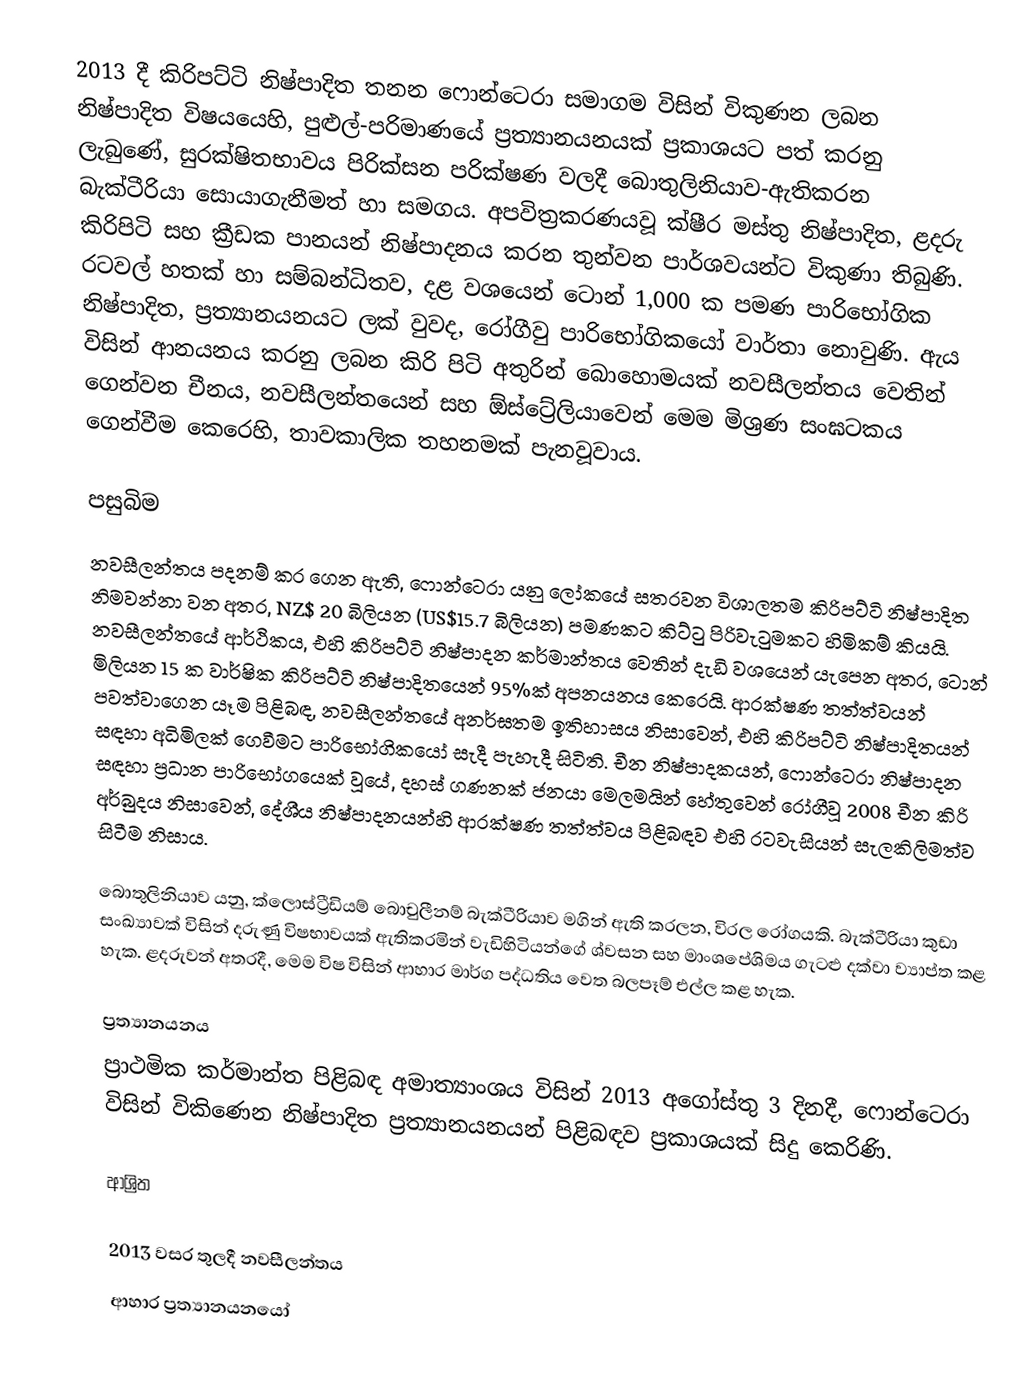
2013 දී කිරිපට්ටි නිෂ්පාදිත තනන ෆොන්ටෙරා සමාගම විසින් විකුණන ලබන නිෂ්පාදිත විෂයයෙහි, පුළුල්-පරිමාණයේ ප්‍රත්‍යානයනයක් ප්‍රකාශයට පත් කරනු ලැබුණේ, සුරක්ෂිතභාවය පිරික්සන පරික්ෂණ වලදී  බොතුලිනියාව-ඇතිකරන බැක්ටීරියා  සොයාගැනීමත් හා සමගය. අපවිත්‍රකරණයවූ  ක්ෂීර මස්තු නිෂ්පාදිත, ළදරු කිරිපිටි සහ ක්‍රීඩක පානයන් නිෂ්පාදනය කරන තුන්වන පාර්ශවයන්ට විකුණා තිබුණි. රටවල් හතක් හා සම්බන්ධිතව,  දළ වශයෙන්  ටොන් 1,000 ක පමණ පාරිභෝගික නිෂ්පාදිත,   ප්‍රත්‍යානයනයට ලක් වුවද, රෝගීවු පාරිභෝගිකයෝ වාර්තා නොවුණි. ඇය විසින් ආනයනය කරනු ලබන කිරි පිටි අතුරින් බොහොමයක් නවසීලන්තය වෙතින් ගෙන්වන චීනය, නවසීලන්තයෙන් සහ  ඕස්ට්‍රේලියාවෙන් මෙම මිශ්‍රණ සංඝටකය ගෙන්වීම කෙරෙහි, තාවකාලික තහනමක් පැනවූවාය.

පසුබිම
නවසීලන්තය පදනම් කර ගෙන ඇති, ෆොන්ටෙරා යනු ලෝකයේ සතරවන විශාලතම කිරිපට්ටි නිෂ්පාදිත නිමවන්නා  වන අතර, NZ$ 20 බිලියන (US$15.7 බිලියන) පමණකට කිට්ටු පිරිවැටුමකට හිමිකම් කියයි. නවසීලන්තයේ ආර්ථිකය, එහි කිරිපට්ටි නිෂ්පාදන කර්මාන්තය වෙතින් දැඩි වශයෙන් යැපෙන අතර, ටොන් මිලියන 15 ක වාර්ෂික කිරිපට්ටි නිෂ්පාදිතයෙන් 95%ක්  අපනයනය කෙරෙයි. ආරක්ෂණ තත්ත්වයන් පවත්වාගෙන යෑම පිළිබඳ,  නවසීලන්තයේ අනර්ඝතම ඉතිහාසය නිසාවෙන්, එහි කිරිපට්ටි නිෂ්පාදිතයන් සඳහා අධිමිලක් ගෙවීමට පාරිභෝගිකයෝ සැදී පැහැදී සිටිති.  චීන නිෂ්පාදකයන්, ෆොන්ටෙරා නිෂ්පාදන සඳහා ප්‍රධාන පාරිභෝගයෙක් වූයේ, දහස් ගණනක්  ජනයා  මෙලමයින් හේතුවෙන් රෝගීවූ 2008 චීන කිරි අර්බුදය නිසාවෙන්, දේශීය නිෂ්පාදනයන්හි ආරක්ෂණ තත්ත්වය පිළිබඳව එහි රටවැසියන් සැලකිලිමත්ව සිටීම නිසාය.

බොතුලිනියාව යනු,  ක්ලොස්ට්‍රීඩියම් බොචුලීනම් බැක්ටීරියාව මගින් ඇති කරලන, විරල රෝගයකි.   බැක්ටීරියා කුඩා සංඛ්‍යාවක් විසින් දරුණු විෂභාවයක් ඇතිකරමින් වැඩිහිටියන්ගේ ශ්වසන සහ මාංශපේශිමය ගැටළු දක්වා ව්‍යාප්ත කළ හැක.   ළදරුවන් අතරදී, මෙම විෂ විසින් ආහාර මාර්ග පද්ධතිය වෙත බලපෑම් එල්ල කළ හැක.

ප්‍රත්‍යානයනය
 ප්‍රාථමික කර්මාන්ත පිළිබඳ අමාත්‍යාංශය විසින් 2013 අගෝස්තු 3 දිනදී, ෆොන්ටෙරා විසින් විකිණෙන නිෂ්පාදිත ප්‍රත්‍යානයනයන් පිළිබඳව ප්‍රකාශයක් සිදු කෙරිණි.

ආශ්‍රිත

2013 වසර තුලදී නවසීලන්තය
ආහාර ප්‍රත්‍යානයනයෝ